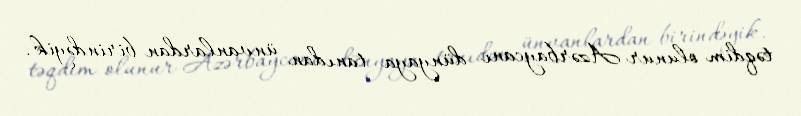
təqdim olunur Azərbaycanı dünyaya tanıdan ünvanlardan birindəyik.